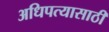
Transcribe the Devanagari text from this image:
अधिपत्यासाठी